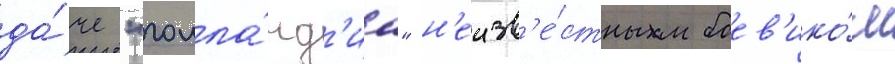
да́че "голла́нд'иа" н'еизв'е́стным боев'ико́м